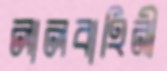
লালবাহিনী